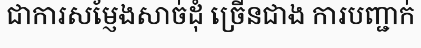
ជាការសម្ញែងសាច់ដុំ ច្រើនជាង ការបញ្ជាក់